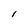
Character: I